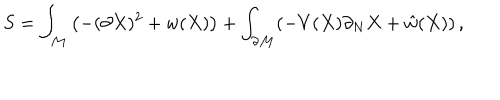
S = \int _ { \cal M } \left( - ( \partial X ) ^ { 2 } + w ( X ) \right) + \int _ { \partial { \cal M } } ( - V ( X ) \partial _ { N } X + \hat { w } ( X ) ) \, ,